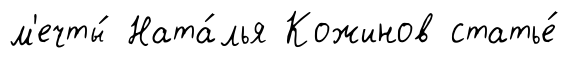
м'ечты́ Ната́лья Кожинов статье́